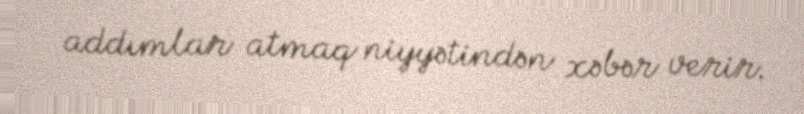
addımlar atmaq niyyətindən xəbər verir.